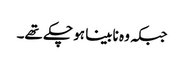
جبکہ وہ نابینا ہو چکے تھے۔